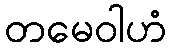
တမေဝါဟံ